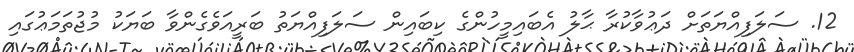
12. ސަލަފިއްޔަތަށް ދަޢުވާކުރާ ޙާލު އެބައިމީހުންގެ ކިބައިން ސަލަފިއްޔަތު ބަރީއަވެގެންވާ ބަޔަކު މުޖުތަމަޢުގައި